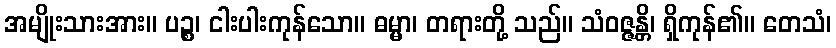
အမျိုးသားအား။ ပဉ္စ၊ ငါးပါးကုန်သော။ ဓမ္မာ၊ တရားတို့ သည်။ သံဝဇ္ဇန္တိ၊ ရှိကုန်၏။ တေသံ၊